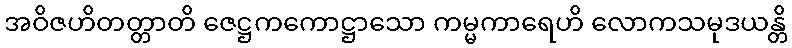
အဝိဇဟိတတ္တာတိ ဇေဋ္ဌကကောဋ္ဌာသော ကမ္မကာရေဟိ လောကသမုဒယန္တိ